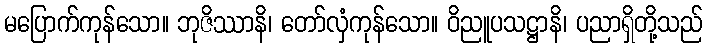
မပြောက်ကုန်သော။ ဘုဇိဿာနိ၊ တော်လှံကုန်သော။ ဝိညူပသဋ္ဌာနိ၊ ပညာရှိတို့သည်